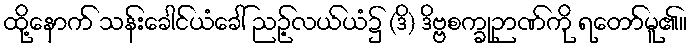
ထို့နောက် သန်းခေါင်ယံခေါ် ညဉ့်လယ်ယံ၌ (ဒိ) ဒိဗ္ဗစက္ခုဉာဏ်ကို ရတော်မူ၏။